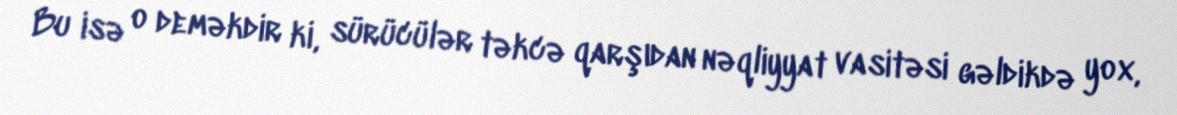
Bu isə o deməkdir ki, sürücülər təkcə qarşıdan nəqliyyat vasitəsi gəldikdə yox,